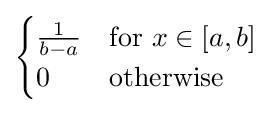
{\begin{cases}{\frac {1}{b-a}}&{\text{for }}x\in [a,b]\\0&{\text{otherwise}}\end{cases}}